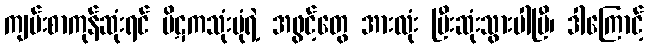
ကျမ်းစာကုန်ဆုံးရင် ပိဋကသုံးပုံရဲ့ အဖွင့်တွေ အားလုံး ပြီးဆုံးသွားပါပြီ၊ ဒါကြောင့်